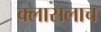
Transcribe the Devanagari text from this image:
क्लासलाच